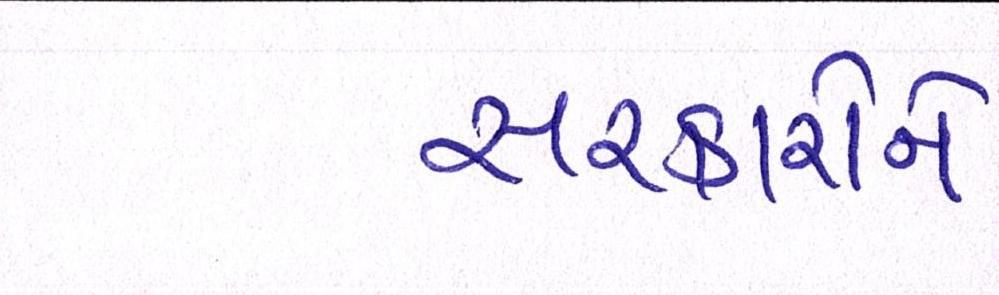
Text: સરકારોને